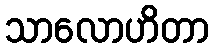
သာလောဟိတာ